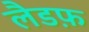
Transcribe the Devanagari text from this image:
लैडफ़